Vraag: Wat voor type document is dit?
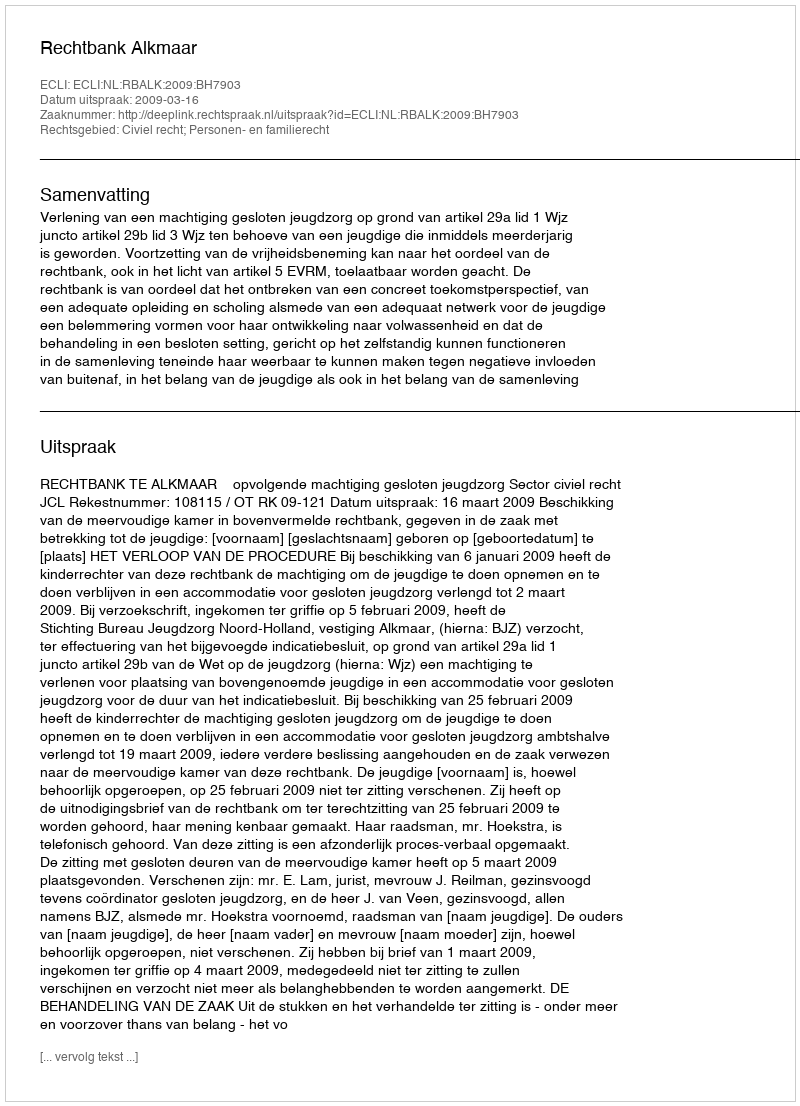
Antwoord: Uitspraak